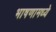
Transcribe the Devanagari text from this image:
भाषणामध्ये